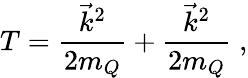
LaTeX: T=\frac{\vec{k}^{2}}{2m_{Q}}+\frac{\vec{k}^{2}}{2m_{Q}}\; ,